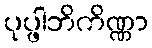
ပုပ္ဖါဘိကိဏ္ဏာ